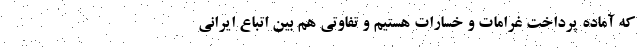
که آماده پرداخت غرامات و خسارات هستیم و تفاوتی هم بین اتباع ایرانی